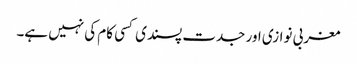
مغربی نوازی اور جدت پسندی کسی کام کی نہیں ہے۔